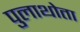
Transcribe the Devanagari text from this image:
पुलाथोता